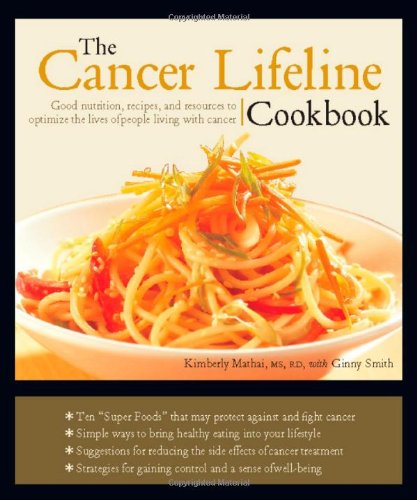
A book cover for The Cancer Lifeline Cookbook; Kimberly Mathai; Cookbooks, Food & Wine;